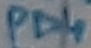
Text: PD4